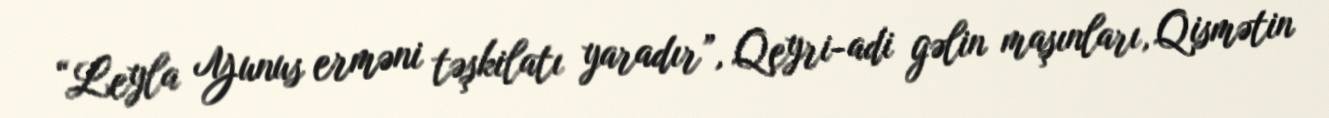
“Leyla Yunus erməni təşkilatı yaradır”, Qeyri-adi gəlin maşınları, Qismətin